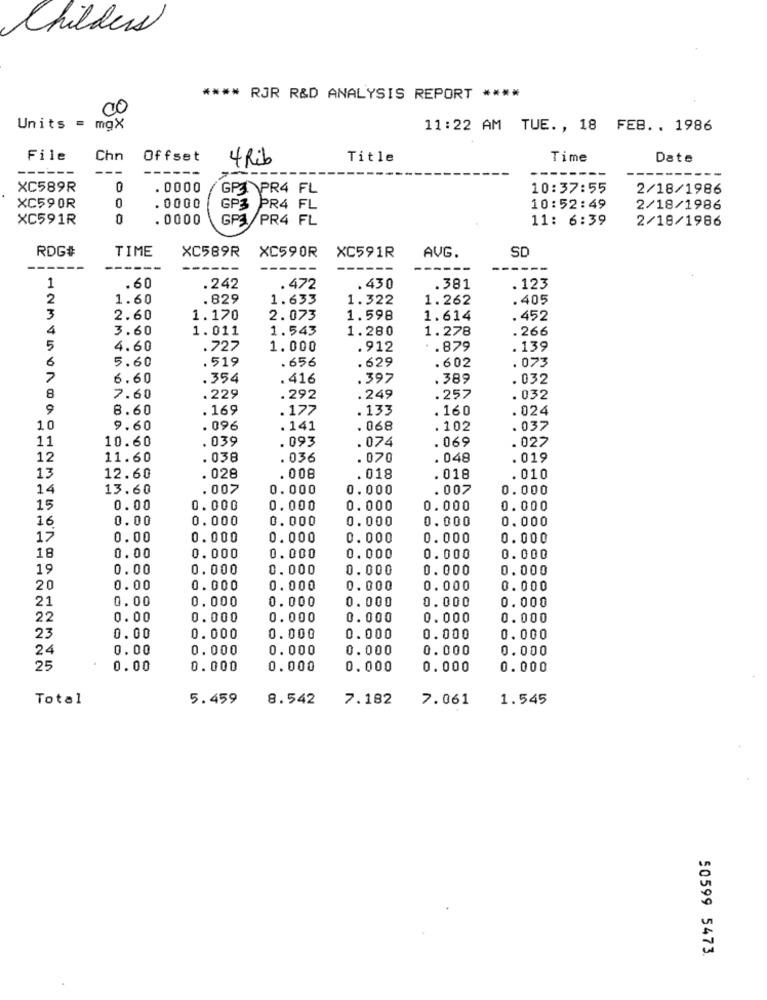
Childers
**** RJR R&D ANALYSIS REPORT ****
00
Units = mgX
11:22 AM TUE ., 18 FEB .. 1986
File
Chn
Offset
4 Rib
Title
Time
Date
---
XC589R
0
. 0000
GP3APR4 FL
10:37:55
2/18/1986
0
XC590R
. 0000
GP3 PR4 FL
10:52:49
2/18/1986
XC591R
0
. 0000
GP4
PR4 FL
11: 6:39
2/18/1986
RDG#
TIME
XC589R
SD
XC590R
XC591R
AVG.
---
------
1
. 60
.242
.472
. 430
.381
. 123
2
1.60
.829
1.633
1.322
1.262
.405
3
2.60
1.170
2.073
1.598
1.614
. 452
4
3.60
1.011
1.543
1.280
1.278
.266
5
4.60
.727
1.000
.912
.879
.139
6
5.60
.519
. 656
.629
. 073
.602
7
6.60
.354
.416
.397
.389
. 032
8
7.60
.229
.292
.249
.257
.032
9
8.60
169
.177
.133
. 160
.024
10
9.60
. 096
.141
.068
.102
. 037
11
10.60
. 039
.074
.069
. 027
. 093
12
11.60
.036
. 036
.070
048
. 019
13
12.60
.028
.008
.018
. 018
.010
14
13.60
.007
0.000
0.000
. 007
0.000
15
0.00
0.000
0.000
0.000
0.000
0.000
16
0.00
0.000
0.000
0.000
0.000
0.000
17
0.00
0.000
0.000
0.000
0.000
0.000
18
0.00
0. 000
0.000
0.000
0.000
0.000
19
0.00
0.000
0.000
0.000
0. 000
0.000
20
0.00
0.000
0.000
0.000
0. 000
0.000
21
0.00
0.000
0.000
0.000
0. 000
0.000
22
0.00
0.000
0.000
0.000
0.000
0.000
23
0.00
0.000
0.000
0.000
0.000
0.000
24
0.00
0.000
0.000
0.000
0.000
0.000
25
0.00
0.000
0.000
0.000
0.000
0.000
Total
5.459
8.542
7.182
7.061
1.545
50599 5473.